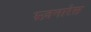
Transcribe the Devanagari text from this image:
म्न्ज़नारेस